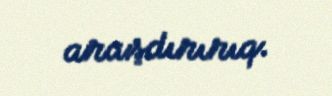
araşdırırıq.